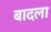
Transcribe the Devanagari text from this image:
बादला